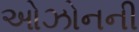
ઓઝોનની